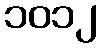
၁၀၁၂